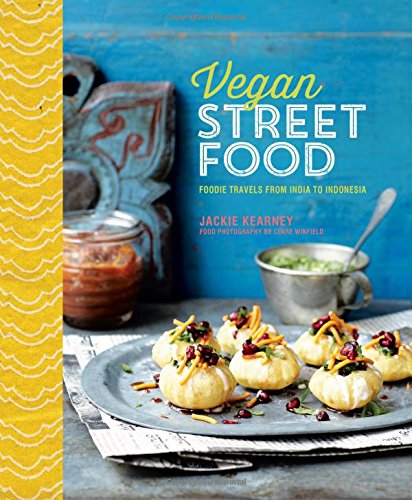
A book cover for Vegan Street Food: A Culinary Journey Through Southeast Asia; Jackie Kearney; Cookbooks, Food & Wine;